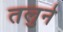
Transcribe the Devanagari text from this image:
तलुने